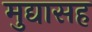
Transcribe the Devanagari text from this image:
मुद्यासह